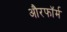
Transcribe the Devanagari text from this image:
औरफॉर्म